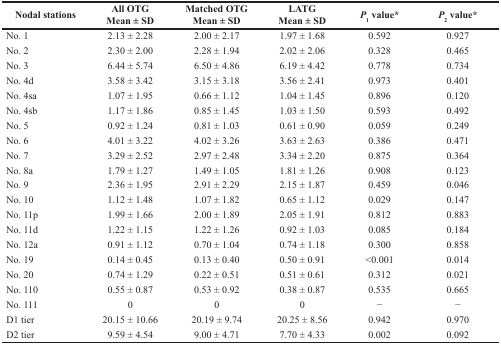
<table><thead><tr><td><b>Nodal stations</b></td><td><b>All OTG Mean ± SD</b></td><td><b>Matched OTG Mean ± SD</b></td><td><b>LATG Mean ± SD</b></td><td><b><i>P</i><sub>1</sub> value*</b></td><td><b><i>P</i><sub>2</sub> value*</b></td></tr></thead><tbody><tr><td>No. 1</td><td>2.13 ± 2.28</td><td>2.00 ± 2.17</td><td>1.97 ± 1.68</td><td>0.592</td><td>0.927</td></tr><tr><td>No. 2</td><td>2.30 ± 2.00</td><td>2.28 ± 1.94</td><td>2.02 ± 2.06</td><td>0.328</td><td>0.465</td></tr><tr><td>No. 3</td><td>6.44 ± 5.74</td><td>6.50 ± 4.86</td><td>6.19 ± 4.42</td><td>0.778</td><td>0.734</td></tr><tr><td>No. 4d</td><td>3.58 ± 3.42</td><td>3.15 ± 3.18</td><td>3.56 ± 2.41</td><td>0.973</td><td>0.401</td></tr><tr><td>No. 4sa</td><td>1.07 ± 1.95</td><td>0.66 ± 1.12</td><td>1.04 ± 1.45</td><td>0.896</td><td>0.120</td></tr><tr><td>No. 4sb</td><td>1.17 ± 1.86</td><td>0.85 ± 1.45</td><td>1.03 ± 1.50</td><td>0.593</td><td>0.492</td></tr><tr><td>No. 5</td><td>0.92 ± 1.24</td><td>0.81 ± 1.03</td><td>0.61 ± 0.90</td><td>0.059</td><td>0.249</td></tr><tr><td>No. 6</td><td>4.01 ± 3.22</td><td>4.02 ± 3.26</td><td>3.63 ± 2.63</td><td>0.386</td><td>0.471</td></tr><tr><td>No. 7</td><td>3.29 ± 2.52</td><td>2.97 ± 2.48</td><td>3.34 ± 2.20</td><td>0.875</td><td>0.364</td></tr><tr><td>No. 8a</td><td>1.79 ± 1.27</td><td>1.49 ± 1.05</td><td>1.81 ± 1.26</td><td>0.908</td><td>0.123</td></tr><tr><td>No. 9</td><td>2.36 ± 1.95</td><td>2.91 ± 2.29</td><td>2.15 ± 1.87</td><td>0.459</td><td>0.046</td></tr><tr><td>No. 10</td><td>1.12 ± 1.48</td><td>1.07 ± 1.82</td><td>0.65 ± 1.12</td><td>0.029</td><td>0.147</td></tr><tr><td>No. 11p</td><td>1.99 ± 1.66</td><td>2.00 ± 1.89</td><td>2.05 ± 1.91</td><td>0.812</td><td>0.883</td></tr><tr><td>No. 11d</td><td>1.22 ± 1.15</td><td>1.22 ± 1.26</td><td>0.92 ± 1.03</td><td>0.085</td><td>0.184</td></tr><tr><td>No. 12a</td><td>0.91 ± 1.12</td><td>0.70 ± 1.04</td><td>0.74 ± 1.18</td><td>0.300</td><td>0.858</td></tr><tr><td>No. 19</td><td>0.14 ± 0.45</td><td>0.13 ± 0.40</td><td>0.50 ± 0.91</td><td>&lt;0.001</td><td>0.014</td></tr><tr><td>No. 20</td><td>0.74 ± 1.29</td><td>0.22 ± 0.51</td><td>0.51 ± 0.61</td><td>0.312</td><td>0.021</td></tr><tr><td>No. 110</td><td>0.55 ± 0.87</td><td>0.53 ± 0.92</td><td>0.38 ± 0.87</td><td>0.535</td><td>0.665</td></tr><tr><td>No. 111</td><td>0</td><td>0</td><td>0</td><td>−</td><td>−</td></tr><tr><td>D1 tier</td><td>20.15 ± 10.66</td><td>20.19 ± 9.74</td><td>20.25 ± 8.56</td><td>0.942</td><td>0.970</td></tr><tr><td>D2 tier</td><td>9.59 ± 4.54</td><td>9.00 ± 4.71</td><td>7.70 ± 4.33</td><td>0.002</td><td>0.092</td></tr></tbody></table>